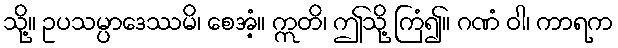
သို့။ ဥပသမ္ပာဒေဿမိ၊ စေအံ့။ ဣတိ၊ ဤသို့ ကြံ၍။ ဂဏံ ဝါ၊ ကာရက